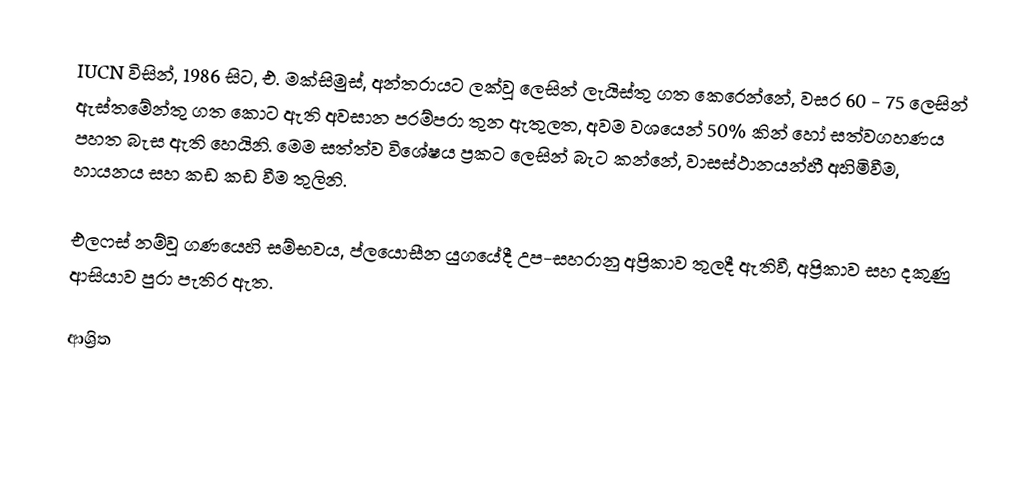
IUCN විසින්, 1986 සිට, එ. මක්සිමුස්,  අන්තරායට ලක්වූ ලෙසින් ලැයිස්තු ගත කෙරෙන්නේ, වසර 60 - 75 ලෙසින් ඇස්තමේන්තු ගත කොට ඇති අවසාන පරම්පරා තුන ඇතුලත,  අවම වශයෙන් 50% කින් හෝ සත්වගහණය පහත බැස ඇති හෙයිනි. මෙම සත්ත්ව විශේෂය ප්‍රකට ලෙසින් බැට කන්නේ, වාසස්ථානයන්හී  අහිමිවීම, හායනය සහ කඩ කඩ වීම තුලිනි.

එලෆස් නම්වූ ගණයෙහි සම්භවය,  ප්ලයොසීන යුගයේදී උප-සහරානු අප්‍රිකාව තුලදී ඇතිවී, අප්‍රිකාව සහ දකුණු ආසියාව පුරා පැතිර ඇත.

ආශ්‍රිත